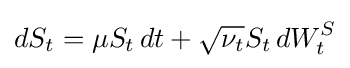
dS_{t}=\mu S_{t}\,dt+{\sqrt {\nu _{t}}}S_{t}\,dW_{t}^{S}